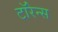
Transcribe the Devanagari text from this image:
टॉरेन्स